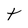
Character: t